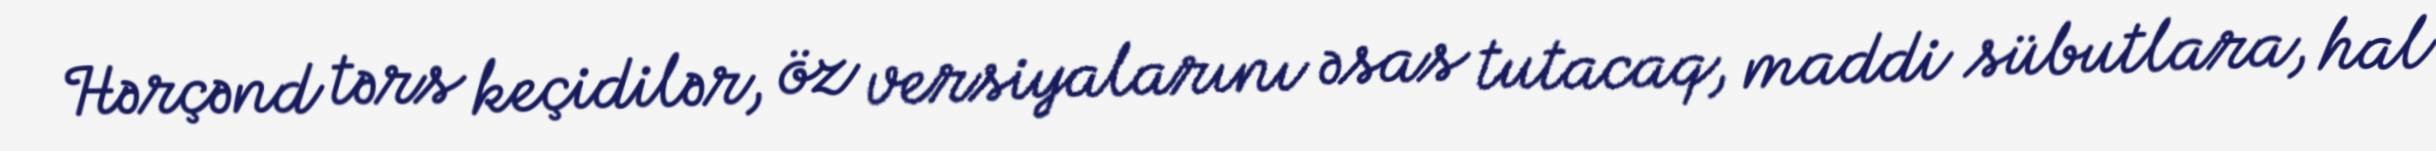
Hərçənd tərs keçidilər, öz versiyalarını əsas tutacaq, maddi sübutlara, hal